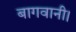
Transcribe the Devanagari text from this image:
बागवानी।